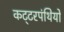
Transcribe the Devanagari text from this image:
कट्‍टरपंथियों